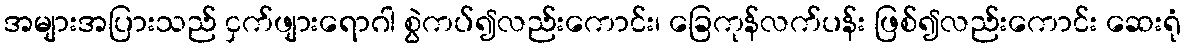
အများအပြားသည် ငှက်ဖျားရောဂါ စွဲကပ်၍လည်းကောင်း၊ ခြေကုန်လက်ပန်း ဖြစ်၍လည်းကောင်း ဆေးရုံ